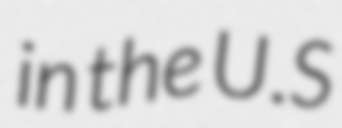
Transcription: in the U.S